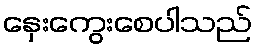
နှေးကွေးစေပါသည်